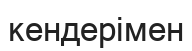
кендерімен